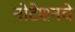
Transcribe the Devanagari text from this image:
नोटेशनचे